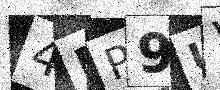
Text: 4MP9UV